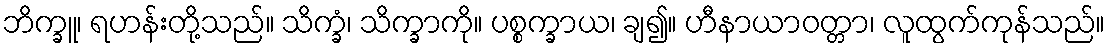
ဘိက္ခူ၊ ရဟန်းတို့သည်။ သိက္ခံ၊ သိက္ခာကို။ ပစ္စက္ခာယ၊ ချ၍။ ဟီနာယာဝတ္တာ၊ လူထွက်ကုန်သည်။